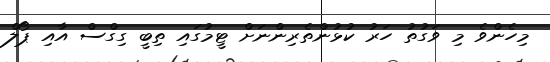
މިހެންވެ މި ވަގުތު ހަރު ކުޅުންތެރިންނަށް ޓީމުގައި ތިބީ ގިގްސް އާއި ޕޯލް